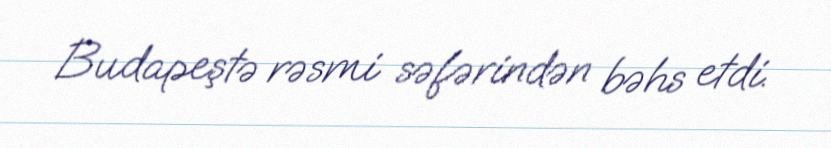
Budapeştə rəsmi səfərindən bəhs etdi.